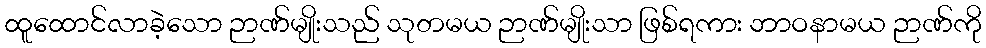
ထူထောင်လာခဲ့သော ဉာဏ်မျိုးသည် သုတမယ ဉာဏ်မျိုးသာ ဖြစ်ရကား ဘာဝနာမယ ဉာဏ်ကို